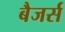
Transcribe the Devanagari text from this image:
बैजर्स